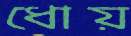
ধোয়